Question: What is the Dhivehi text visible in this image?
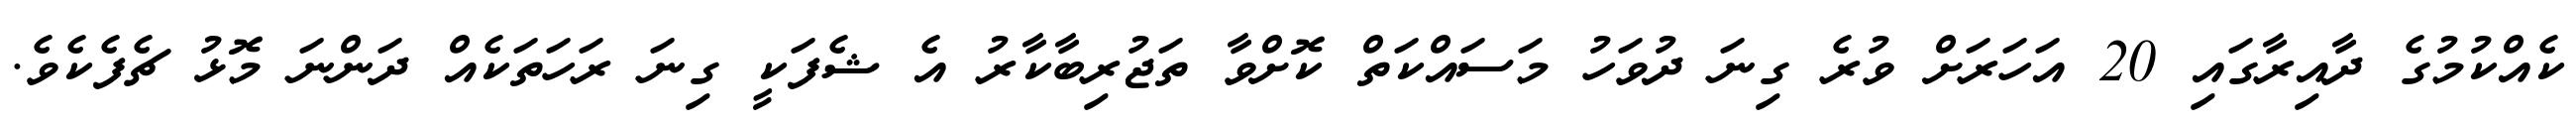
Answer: ކެއްކުމުގެ ދާއިރާގައި 20 އަހަރަށް ވުރެ ގިނަ ދުވަހު މަސައްކަތް ކޮށްވާ ތަޖުރިބާކާރު އެ ޝެފަކީ ގިނަ ރަހަތަކެއް ދަންނަ މޮޅު ޗެފެކެވެ.